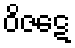
ဝိဇဋေ